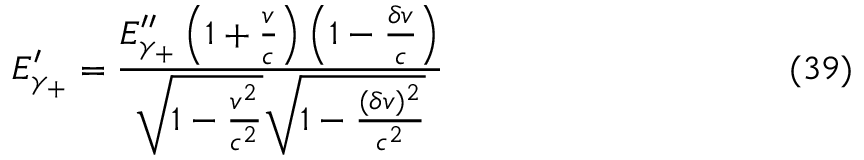
E _ { \gamma _ { + } } ^ { \prime } = \frac { E _ { \gamma _ { + } } ^ { \prime \prime } \left( 1 + \frac { v } { c } \right) \left( 1 - \frac { \delta v } { c } \right) } { \sqrt { 1 - \frac { v ^ { 2 } } { c ^ { 2 } } } \sqrt { 1 - \frac { ( \delta v ) ^ { 2 } } { c ^ { 2 } } } } \eqno ( 3 9 )